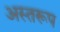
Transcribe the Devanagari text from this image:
अस्तरूप